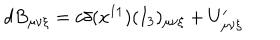
d B _ { \mu \nu \xi } = c \delta ( x ^ { 1 1 } ) ( I _ { 3 } ) _ { \mu \nu \xi } + U _ { \mu \nu \xi } ^ { \prime }